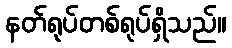
နတ်ရုပ်တစ်ရုပ်ရှိသည်။